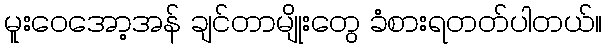
မူးဝေအော့အန် ချင်တာမျိုးတွေ ခံစားရတတ်ပါတယ်။